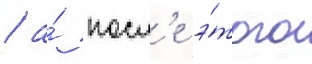
/ а́ посл'е э́того